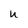
Character: U